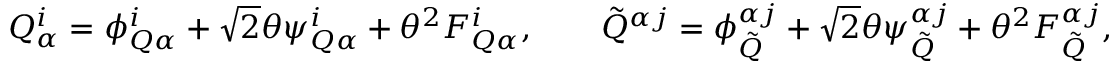
Q _ { \alpha } ^ { i } = \phi _ { Q \alpha } ^ { i } + \sqrt { 2 } \theta \psi _ { Q \alpha } ^ { i } + \theta ^ { 2 } F _ { Q \alpha } ^ { i } , \qquad { \tilde { Q } } ^ { \alpha j } = \phi _ { \tilde { Q } } ^ { \alpha j } + \sqrt { 2 } \theta \psi _ { \tilde { Q } } ^ { \alpha j } + \theta ^ { 2 } F _ { \tilde { Q } } ^ { \alpha j } ,